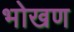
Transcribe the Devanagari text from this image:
भोखण